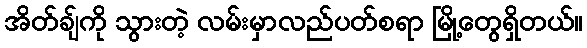
အိတ်ချ်ကို သွားတဲ့ လမ်းမှာလည်ပတ်စရာ မြို့တွေရှိတယ်။